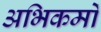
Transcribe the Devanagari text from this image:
अभिकर्मो